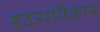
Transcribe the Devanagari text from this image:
ह्रदयविकार